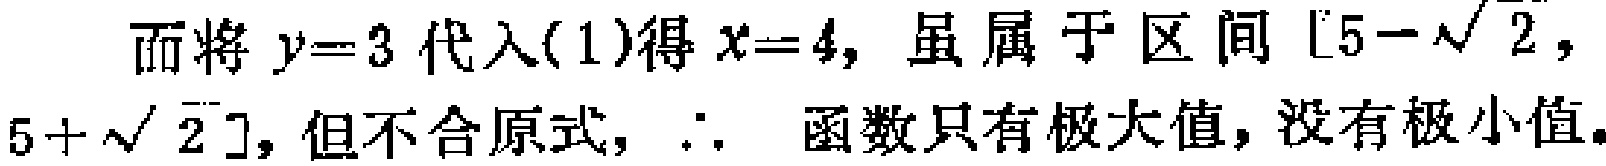
而将\(y = 3\)代入(1)得\(x = 4\)，虽属于区间\([5 - \sqrt{2},5 + \sqrt{2}]\)，但不合原式，\(\therefore\) 函数只有极大值，没有极小值。